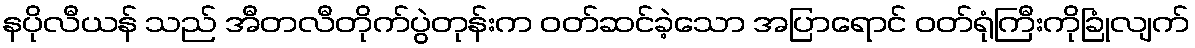
နပိုလီယန် သည် အီတလီတိုက်ပွဲတုန်းက ဝတ်ဆင်ခဲ့သော အပြာရောင် ဝတ်ရုံကြီးကိုခြုံလျက်